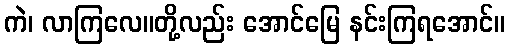
ကဲ၊ လာကြလေ။တို့လည်း အောင်မြေ နင်းကြရအောင်။